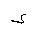
Letter: _hamza